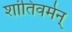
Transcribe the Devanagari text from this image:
शांतिवर्मन्